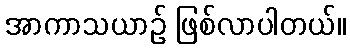
အာကာသယာဉ် ဖြစ်လာပါတယ်။